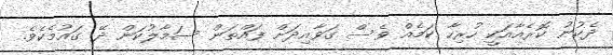
ދެކުނު ކޮރެއާއަކީ ހުރިހާ ކަމެއް ވެސް ގަވާއިދަށް ފައްތަން ސަމާލުކަން ދޭ ގައުމެކެވެ.